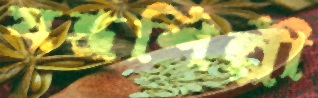
যন্ত্রশিল্পী